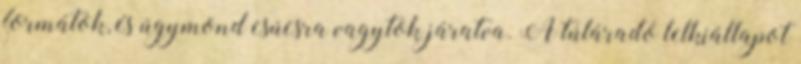
formátok, és úgymond csúcsra vagytok járatva. A túláradó lelkiállapot